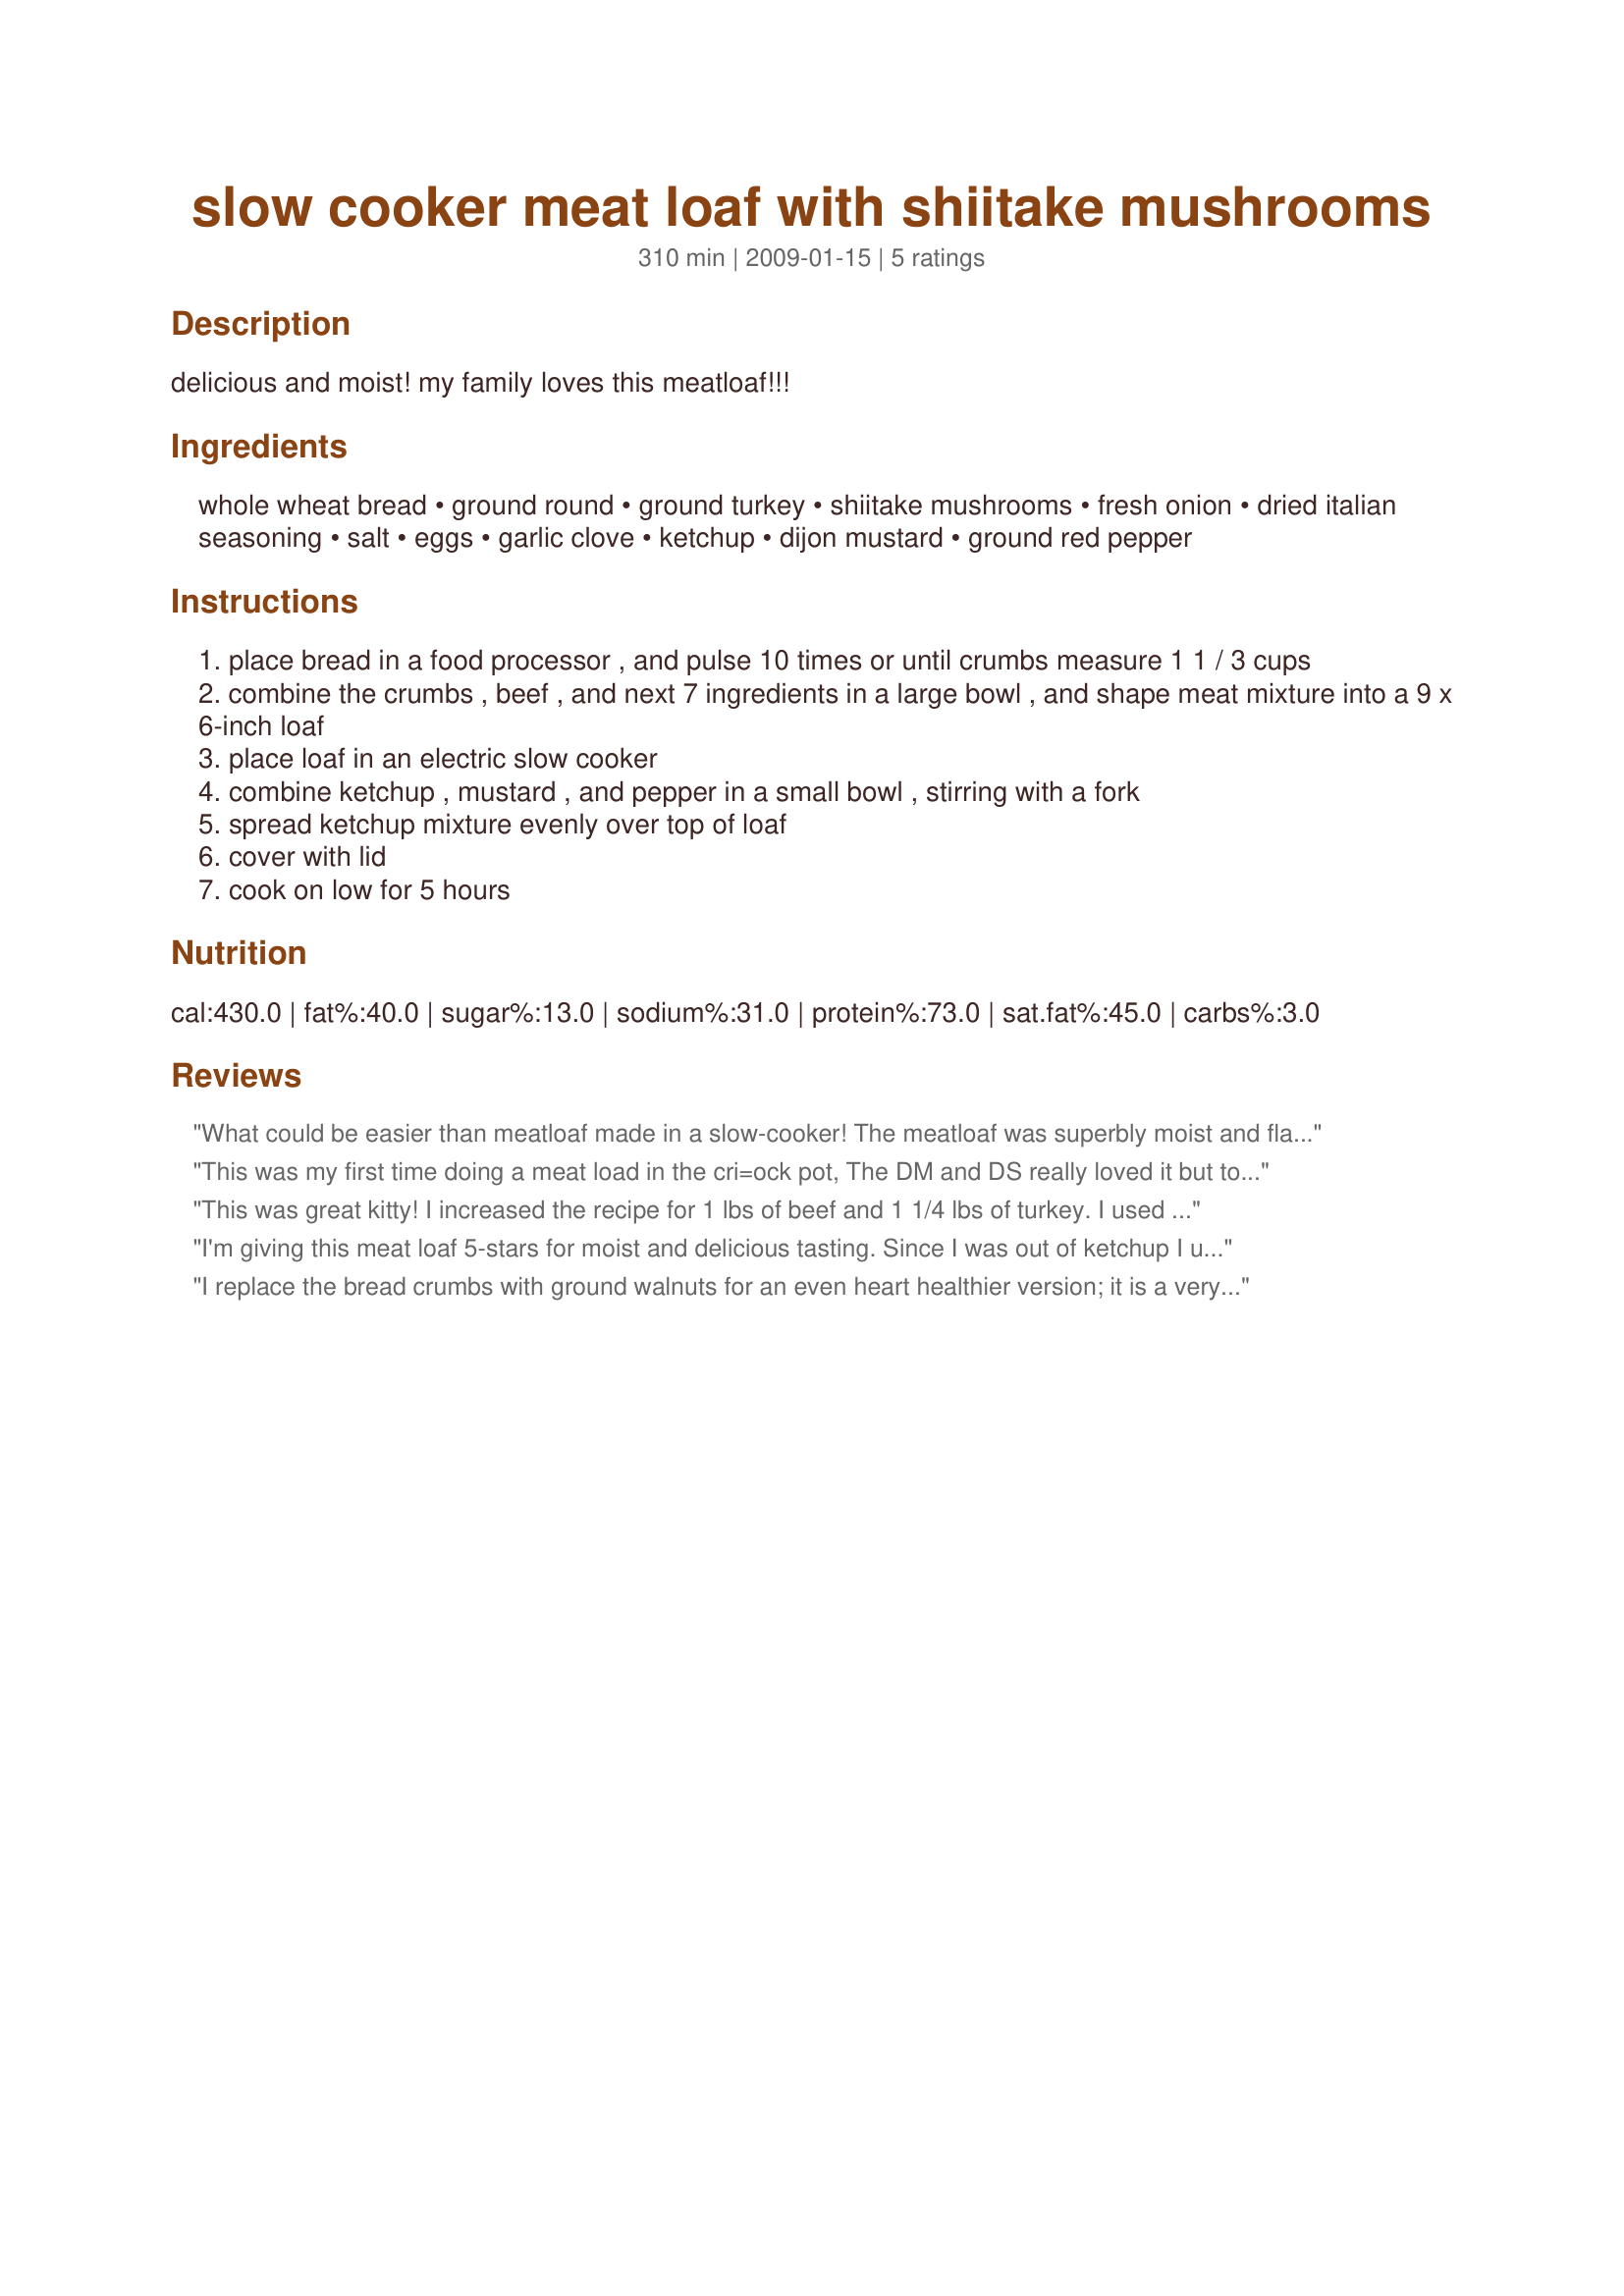
slow cooker meat loaf with shiitake mushrooms
Preparation time: 310 minutes

delicious and moist! my family loves this meatloaf!!!

Ingredients:
whole wheat bread, ground round, ground turkey, shiitake mushrooms, fresh onion, dried italian seasoning, salt, eggs, garlic clove, ketchup, dijon mustard, ground red pepper

Steps:
place bread in a food processor , and pulse 10 times or until crumbs measure 1 1 / 3 cups
combine the crumbs , beef , and next 7 ingredients in a large bowl , and shape meat mixture into a 9 x 6-inch loaf
place loaf in an electric slow cooker
combine ketchup , mustard , and pepper in a small bowl , stirring with a fork
spread ketchup mixture evenly over top of loaf
cover with lid
cook on low for 5 hours

Reviews:
What could be easier than meatloaf made in a slow-cooker! The meatloaf was superbly moist and flavoursome and the aromas while it was cooking were wonderful! I used a mix of veal/pork and chicken; ground turkey is not so readily available here and I'm always happy to use chicken anyway. I added some rosemary, thyme and sage to the Italian herbs so overall certainly used a larger quantity of herbs. I used 4 cloves of minced garlic, minced the onion and added a minced leek and a minced carrot. Mincing the vegetables always produces a pate-like consistency which I really like. The shiitake mushrooms were delicious in this meatloaf. I'm not overly fond of ketchup so used Recipe #273976 thinned slightly with a little merlot and I used freshly ground black pepper rather than the red pepper (personal taste preference). A really tasty meatloaf: a wonderful blend of flavours, kittycatmom. We enjoyed this with Recipe #356923, and I know it's going to be equally yummy in sandwiches with baby spinach leaves. Next time I make this I'm planning on adding some spinach which I've found is a great addition to meatloaves. It seems to enhance the pate-like texture. Thank you so much for sharing this recipe, kittycatmom.. Made for 1-2-3 Hit Wonders,
This was my first time doing a meat load in the cri=ock pot, The DM and DS really loved it but to be honest I thought it was o'kay. Unfortunately I couldn't get shiitake mushrooms and used swiss browns otherwise followed the recipe. Personally I would have like a little more zing. Like bluemoon downunder I did use minced/ground chicken in place of turkey but everything else was spot on expecially the cooking time which was much appreciated. Thank you kittycatmom, made for Everyday A Holiday.
This was great kitty! I increased the recipe for 1 lbs of beef and 1 1/4 lbs of turkey. I used whole wheat "panko" and a package of onion soup mix instead of the Italian seasoning. I was skeptical that the "sauce" over the top would be runny since it wasn't "glazing" in the oven, but it was very good and my husband loved it much better than an oven loaf! Thanks, so easy!
I'm giving this meat loaf 5-stars for moist and delicious tasting. Since I was out of ketchup I used spaghetti sauce for the top, however this little change totally masked the flavor of the shitake mushrooms. I was able to determine this by eating a section in the middle away from the sauce. I also lined my crock pot with foil for easy clean-up. Made for Potluck tag.
I replace the bread crumbs with ground walnuts for an even heart healthier version; it is a very good and easy recipe with great flavor!
